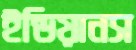
ইন্ডিয়ানস